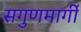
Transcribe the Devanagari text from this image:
सगुणमार्गी